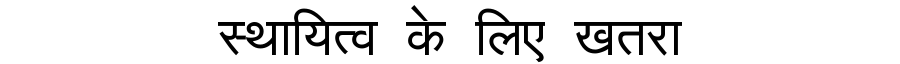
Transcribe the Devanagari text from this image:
स्थायित्व के लिए खतरा